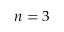
n = 3